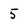
Character: 5